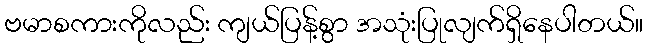
ဗမာစကားကိုလည်း ကျယ်ပြန့်စွာ အသုံးပြုလျက်ရှိနေပါတယ်။